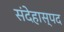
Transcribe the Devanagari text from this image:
संदेहास्‍पद